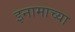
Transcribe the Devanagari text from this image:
इनामाच्या